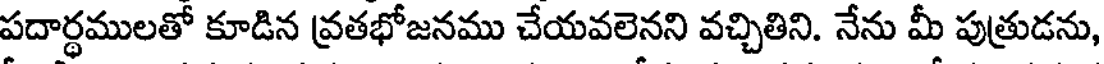
పదార్థములతో కూడిన వ్రతభోజనము చేయవలెనని వచ్చితిని. నేను మీ పుత్రుడను,